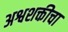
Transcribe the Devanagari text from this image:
अश्वशक्तीचा